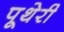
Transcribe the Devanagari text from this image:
पूथेरी